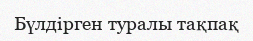
Бүлдірген туралы тақпақ